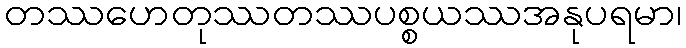
တဿဟေတုဿတဿပစ္စယဿအနုပရမာ၊